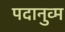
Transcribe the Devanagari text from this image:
पदानुव्म